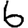
Digit: 6